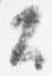
公